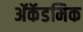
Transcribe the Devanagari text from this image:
ॲकॅडमिक